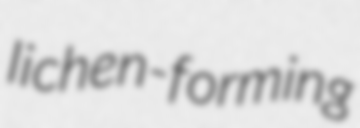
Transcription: lichen-forming